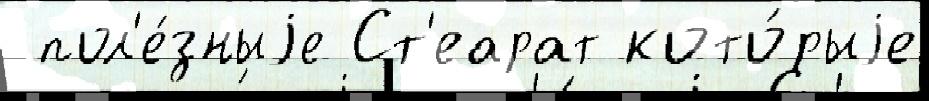
 пол'е́зныjе Ст'еарат кото́рыjе